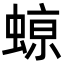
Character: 𮔥